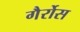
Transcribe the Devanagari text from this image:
गैर्रोस